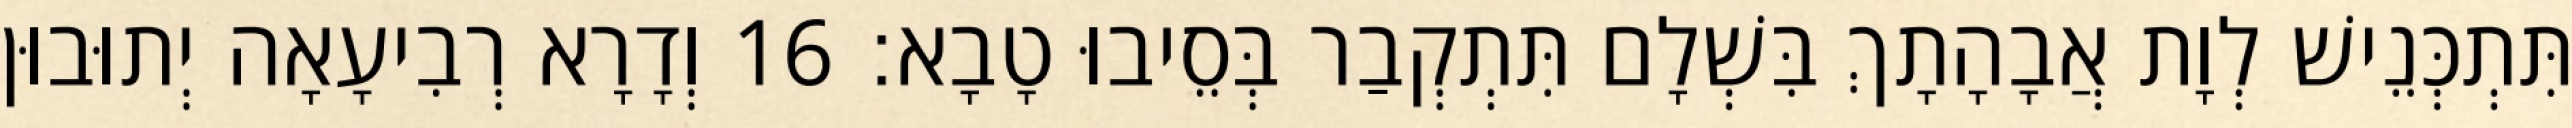
תִּתְכְּנֵישׁ לְוָת אֲבָהָתָךְ בִּשְׁלָם תִּתְקְבַר בְּסֵיבוּ טָבָא׃ 16 וְדָרָא רְבִיעָאָה יְתוּבוּן